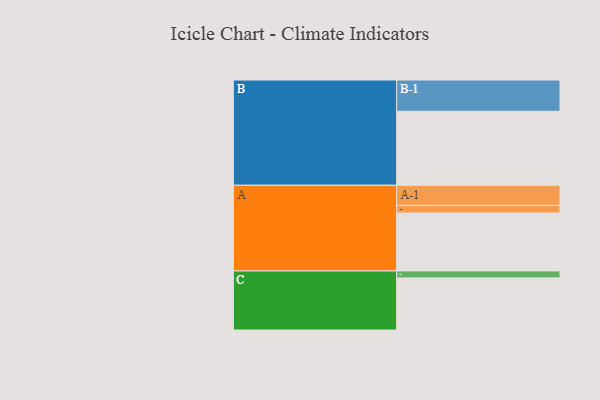
{"axis": {"x": "Segment", "y": "Value"}, "legend": ["", "A", "B", "C"], "data": [{"x": "A", "y": 426, "type": ""}, {"x": "B", "y": 544, "type": ""}, {"x": "C", "y": 383, "type": ""}, {"x": "A-1", "y": 148, "type": "A"}, {"x": "A-2", "y": 56, "type": "A"}, {"x": "B-1", "y": 230, "type": "B"}, {"x": "C-1", "y": 51, "type": "C"}]}